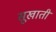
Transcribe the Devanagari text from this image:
सूखाती